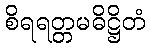
စိရရတ္တမဓိဋ္ဌိတံ